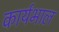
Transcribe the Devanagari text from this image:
कार्यभाल